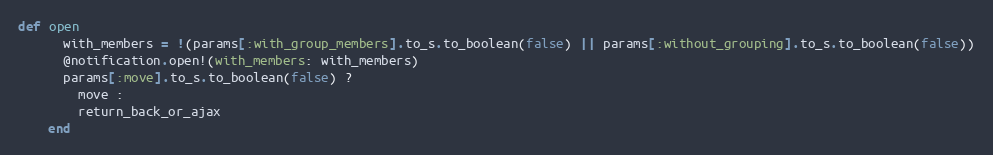
Language: Ruby
def open
      with_members = !(params[:with_group_members].to_s.to_boolean(false) || params[:without_grouping].to_s.to_boolean(false))
      @notification.open!(with_members: with_members)
      params[:move].to_s.to_boolean(false) ?
        move :
        return_back_or_ajax
    end